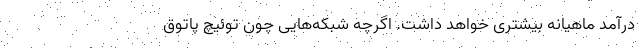
درآمد ماهیانه بیشتری خواهد داشت. اگرچه شبکه‌هایی چون توئیچ پاتوق